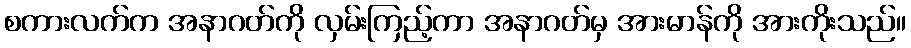
စကားလက်က အနာဂတ်ကို လှမ်းကြည့်ကာ အနာဂတ်မှ အားမာန်ကို အားကိုးသည်။